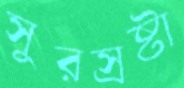
সুরস্রষ্টা